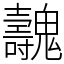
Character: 魗